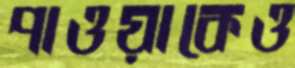
পাওয়াকেও